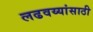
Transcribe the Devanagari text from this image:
लढवय्यांसाठी